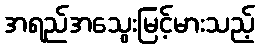
အရည်အသွေးမြင့်မားသည့်